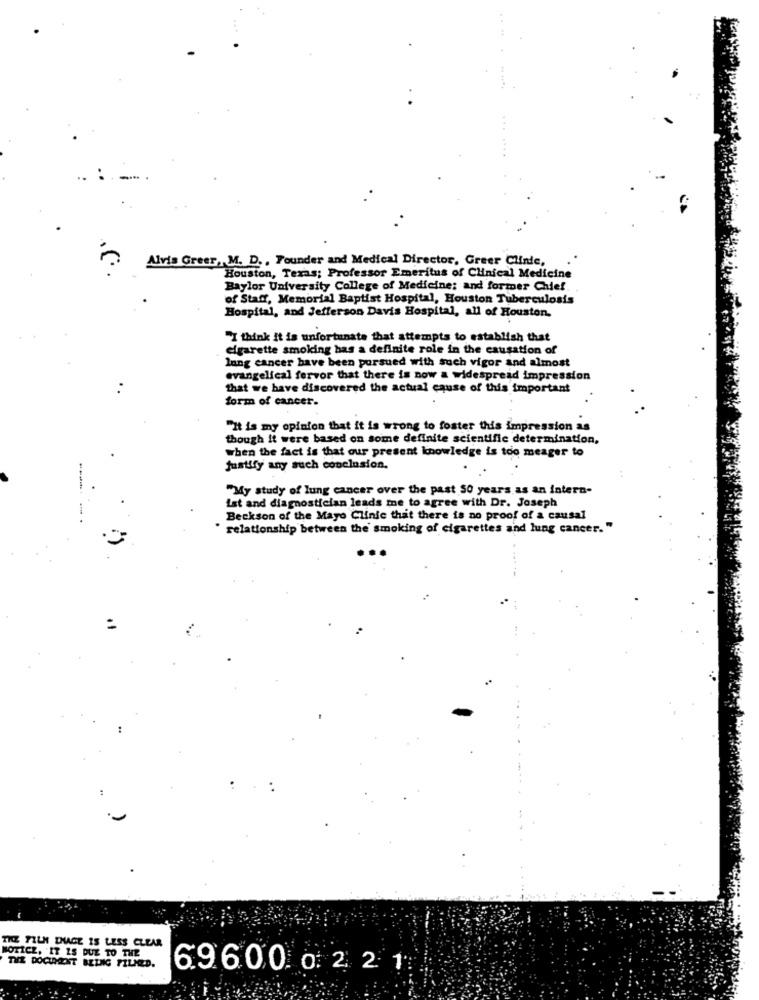
Alvis Greer, M. D. , Founder and Medical Director, Greer Clinic,
Houston, Texas; Professor Emeritus of Clinical Medicine
Baylor University College of Medicine: and former Chief.
of Staff, Memorial Baptist Hospital, Houston Tuberculosis
Hospital, and Jefferson Davis Hospital, all of Houston.
"I think it is unfortunate that attempts to establish that
cigarette smoking has a definite role in the causation of
lung cancer have been pursued with such vigor and almost
evangelical fervor that there is now a widespread impression
that we have discovered the actual cause of this important
form of cancer.
"It is my opinion that it is wrong to foster this impression as
though it were based on some definite scientific determination,
when the fact is that our present knowledge is too meager to
justify any such conclusion.
"My study of lung cancer over the past 50 years as an intern-
ist and diagnostician leads me to agree with Dr. Joseph
Beckson of the Mayo Clinic that there is no proof of a causal
" relationship between the smoking of cigarettes and lung cancer. "
THE FILM DAGE IS LESS CLEAR
NOTICE, IT IS DUE TO THE
THE DOCUMENT BEING FILMED.
6.9600. 0: 221